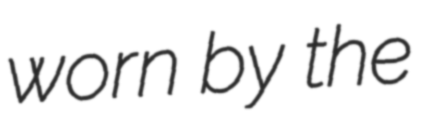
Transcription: worn by the